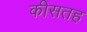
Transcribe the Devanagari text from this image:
कीसतह